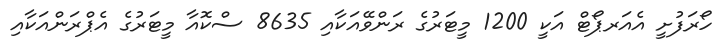
ހޯރަފުށީ އެއަރޕޯޓް އަކީ 1200 މީޓަރުގެ ރަންވޭއަކާއި 8635 ސްކޮއާ މީޓަރުގެ އެޕްރަންއަކާއި